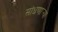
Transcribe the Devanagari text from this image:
सांधणार्‍या